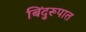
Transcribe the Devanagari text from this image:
बिंदुरूपात